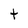
Character: t